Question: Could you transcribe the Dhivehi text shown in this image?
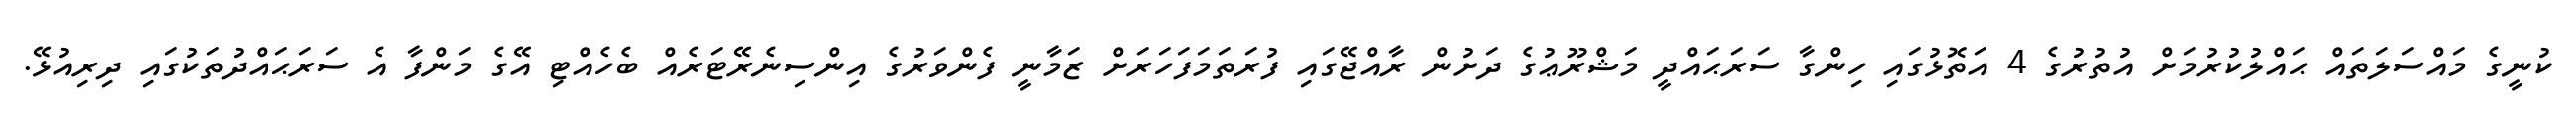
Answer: ކުނީގެ މައްސަލަތައް ޙައްލުކުރުމަށް އުތުރުގެ 4 އަތޮޅުގައި ހިންގާ ސަރަޙައްދީ މަޝްރޫޢުގެ ދަށުން ރާއްޖޭގައި ފުރަތަމަފަހަރަށް ޒަމާނީ ފެންވަރުގެ އިންސިނެރޭޓަރެއް ބެހެއްޓި އޭގެ މަންފާ އެ ސަރަޙައްދުތަކުގައި ދިރިއުޅޭ.